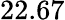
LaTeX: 22.67